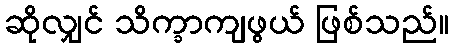
ဆိုလျှင် သိက္ခာကျဖွယ် ဖြစ်သည်။